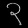
Digit: ၃